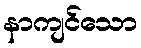
နာကျင်သော